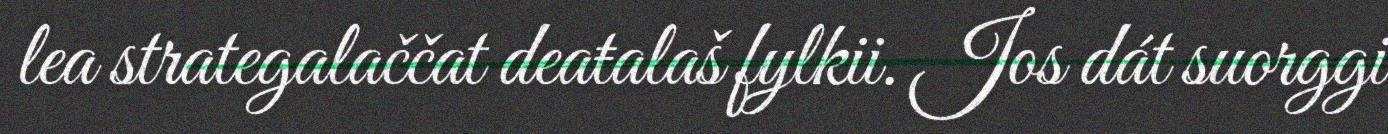
lea strategalaččat deaŧalaš fylkii. Jos dát suorggi